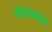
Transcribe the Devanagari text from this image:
निलायन